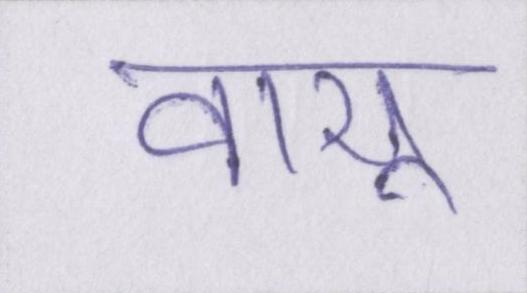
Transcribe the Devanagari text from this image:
वायु